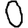
Digit: 0